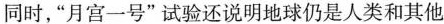
同时，”月宫一号”试验还说明地球仍是人类和其他